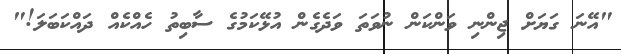
"އޭނަ ގަޔަށް ޖިންނި ވަންކަން ނުވަތަ ވަދެގެން އުޅޭކަމުގެ ސާބިތު ހެއްކެއް ދައްކަބަލަ!"